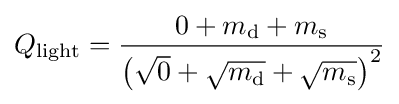
Q_{\text{light}}={\frac {0+m_{\text{d}}+m_{\text{s}}}{\left({\sqrt {0}}+{\sqrt {m_{\text{d}}}}+{\sqrt {m_{\text{s}}}}\right)^{2}}}